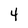
Character: 4